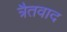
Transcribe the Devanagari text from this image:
त्रैतवाद